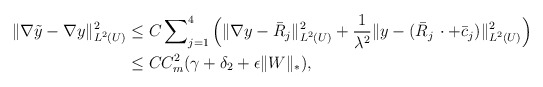
\begin{align*}\Vert\nabla \tilde{y} - \nabla y \Vert^2_{L^2(U)} & \le C\sum\nolimits^4_{j=1} \Big( \Vert \nabla y - \bar{R}_j \Vert^2_{L^2(U)} + \frac{1}{\lambda^2}\Vert y - (\bar{R}_j\,\cdot + \bar{c}_j)\Vert^2_{L^2(U)} \Big) \\& \le C C_m^2 (\gamma + \delta_2 + \epsilon \Vert W \Vert_*) ,\end{align*}